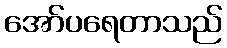
အော်ပရေတာသည်